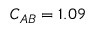
C _ { A B } = 1 . 0 9